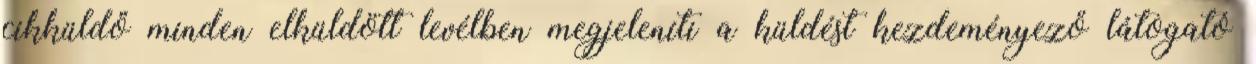
cikküldő minden elküldött levélben megjeleníti a küldést kezdeményező látogató